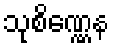
သုစိဏ္ဏေန